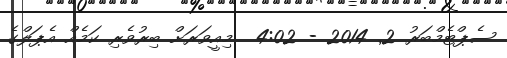
ސެޕްޓެމްބަރު 2